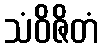
သံဝိဇိတံ